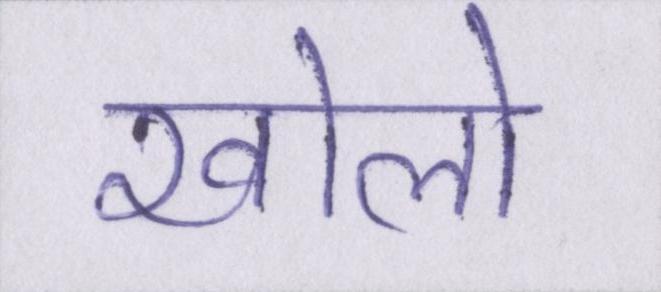
खोलो